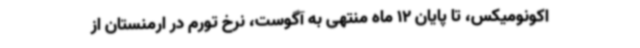
اکونومیکس، تا پایان 12 ماه منتهی به آگوست، نرخ تورم در ارمنستان از